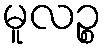
မူလဉ္စ